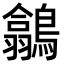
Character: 𪅲